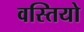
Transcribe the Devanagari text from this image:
वस्तियो